Scottish Leaving Certificate Examination, 1961
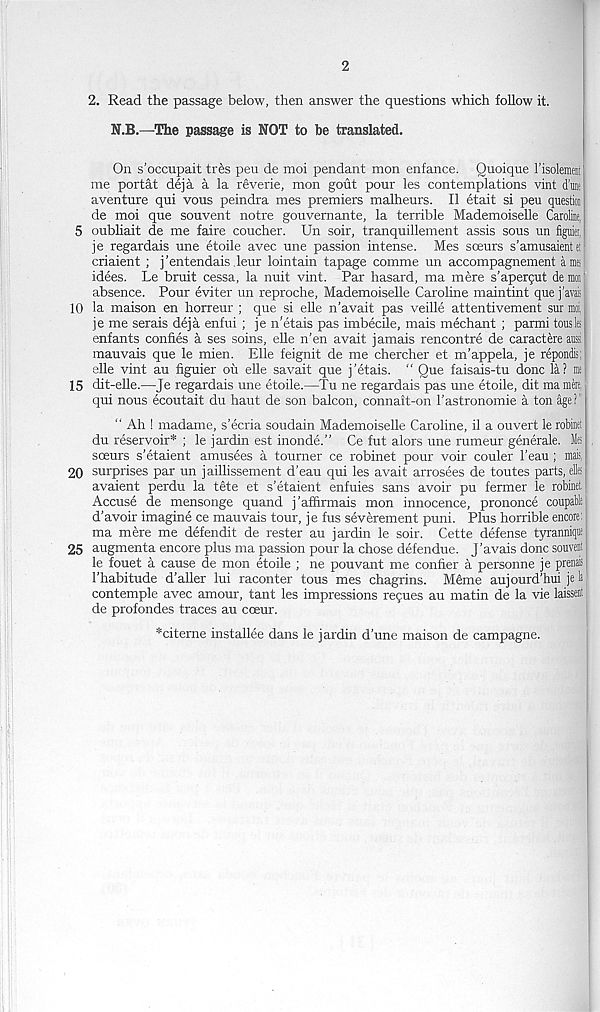
2
2. Read the passage below, then answer the questions which follow it.
N.B.—The passage is NOT to be translated.
On s’occupait tr£s peu de moi pendant mon enfance. Quoique I’isolement
me portat deja a la reverie, mon gout pour les contemplations vint due
aventure qui vous peindra mes premiers malheurs. II etait si peu questioi
de moi que souvent notre gouvernante, la terrible Mademoiselle Caroline,
5 oubhait de me faire coucher. Un soir, tranquillement assis sous un figuiei,
je regardais une etoile avec une passion intense. Mes soeurs s’amusaient ei
criaient ; j’entendais leur lointain tapage comme un accompagnement ams|
idees. Le bruit cessa, la nuit vint. Par hasard, ma mere s’apergut demon;
absence. Pour eviter un reproche, Mademoiselle Caroline maintint que j’avaii
10 la maison en horreur ; que si elle n’avait pas veille attentivement sur moi,
je me serais deja enfui ; je n'etais pas imbecile, mais mechant ; parmi tousles
enfants confi.es a ses soins, elle n’en avait jamais rencontre de caractere aussi
mauvais que le mien. Elle feignit de me chercher et m’appela, je repondis
elle vint au figuier ou elle savait que j'etais. " Que faisais-tu done la? nit
15 dit-elle.—Je regardais une etoile.—Tu ne regardais pas une etoile, dit ma mere,
qui nous ecoutait du haut de son balcon, connait-on I’astronomie a ton age?"
“ Ah 1 madame, s’ecria soudain Mademoiselle Caroline, il a ouvert le robinet
du reservoir* ; le jardin est inonde.” Ce fut alors une rumeur generale. Mes
sceurs s’etaient amusees a tourner ce robinet pour voir couler 1’eau ; mais,
20 surprises par un j aillissement d’eau qui les avait arrosees de toutes parts, ells
avaient perdu la tdte et s'etaient enfuies sans avoir pu fermer le robinet
Accuse de mensonge quand j’affirmais mon innocence, prononce coupable
d’avoir imagine ce mauvais tour, je fus severement puni. Plus horrible encore:
ma mere me defendit de rester au jardin le soir. Cette defense tyranniqi
25 augmenta encore plus ma passion pour la chose defendue. J’avais done souvenl
le fouet a cause de mon etoile ; ne pouvant me confier a personne je prenais
I'habitude d’aller lui raconter tous mes chagrins. M6me aujourd’hui je lii
contemple avec amour, tant les impressions regues au matin de la vie laisseni |
de profondes traces au cceur.
*citerne installee dans le jardin d’une maison de campagne.